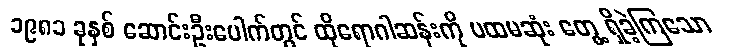
၁၉၈၁ ခုနှစ် ဆောင်းဦးပေါက်တွင် ထိုရောဂါဆန်းကို ပထမဆုံး တွေ့ ရှိခဲ့ကြသော